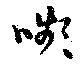
嚬